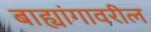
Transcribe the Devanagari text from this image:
बाह्यांगावरील